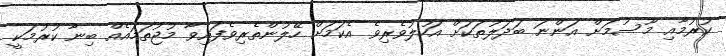
ކުރުމާއި މޫސުމަށް އަންނަ ބަދަލުތަކަށް އަހުލުވެރިވެ އެކަމަށް ހޭލުންތެރިވެފައިވާ މުޖުތަމައެއް ބިނާ ކުރުމަކީ